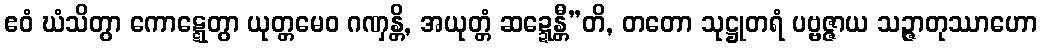
ဧဝံ ဃံသိတွာ ကောဋ္ဋေတွာ ယုတ္တမေဝ ဂဏှန္တိ, အယုတ္တံ ဆဍ္ဍေန္တီ”တိ, တတော သုဋ္ဌုတရံ ပဗ္ဗဇ္ဇာယ သဉ္ဇာတုဿာဟော